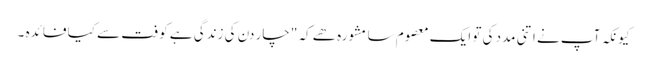
کیونکہ آپ نے اتنی مدد کی تو ایک معصوم سا مشورہ ھے کہ "چار دن کی زندگی ہے کوفت سے کیا فائدہ ۔